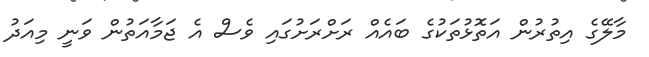
މާލޭގެ އިތުރުން އަތޮޅުތަކުގެ ބައެއް ރަށްރަށުގައި ވެސް އެ ޖަމާއަތުން ވަނީ މިއަދު